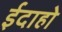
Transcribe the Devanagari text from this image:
ईदाहो